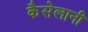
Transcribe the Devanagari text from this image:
कैसेलानी